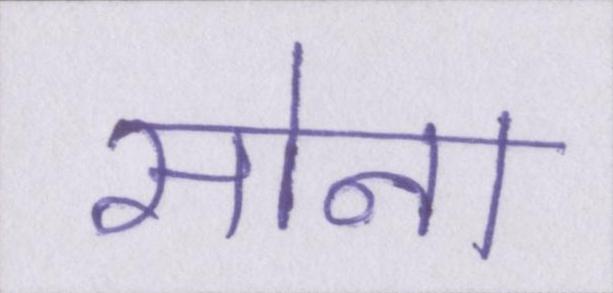
सोना